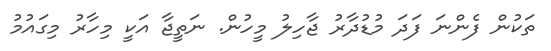
ތަކުން ފެންނަ ފަދަ މުޑުދާރު ޖާހިލު މީހުން. ނަތީޖާ އަކީ މިހާރު މިގައުމު